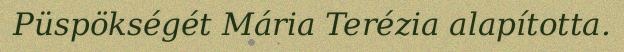
Püspökségét Mária Terézia alapította.